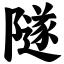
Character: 隧